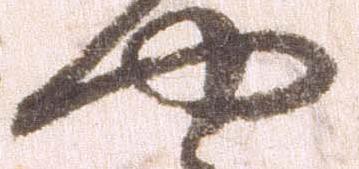
や